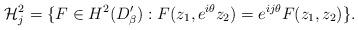
LaTeX: \begin{align*}\mathcal{H}^2_j=\{F\in H^2(D'_\beta) : F(z_1,e^{i\theta}z_2)=e^{ij\theta}F(z_1,z_2)\}.\end{align*}